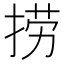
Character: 捞